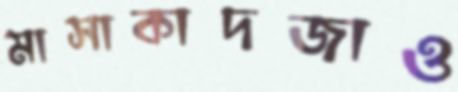
মাসাকাদজাও